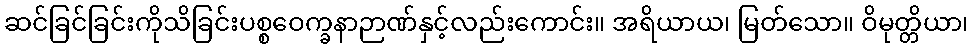
ဆင်ခြင်ခြင်းကိုသိခြင်းပစ္စဝေက္ခနာဉာဏ်နှင့်လည်းကောင်း။ အရိယာယ၊ မြတ်သော။ ဝိမုတ္တိယာ၊